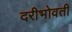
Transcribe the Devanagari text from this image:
दरीभोवती